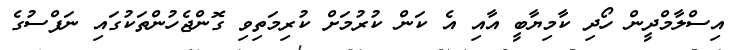
އިސްލާމްދީން ހޯދި ކާމިޔާބީ އާއި އެ ކަން ކުރުމަށް ކުރިމަތިވި ގޮންޖެހުންތަކުގައި ނަފްސުގެ